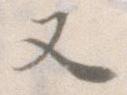
又